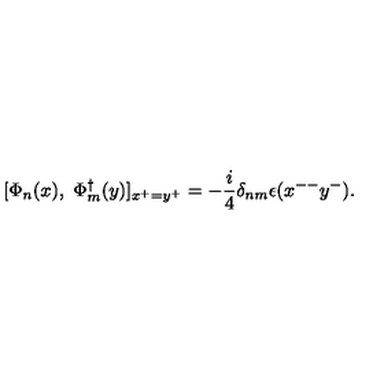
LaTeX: [ \Phi _ { n } ( x ) , \ \Phi _ { m } ^ { \dagger } ( y ) ] _ { x ^ { + } = y ^ { + } } = - \frac { i } { 4 } \delta _ { n m } \epsilon ( x ^ { -- } y ^ { - } ) .